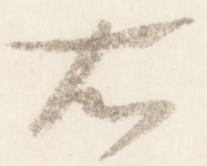
右